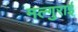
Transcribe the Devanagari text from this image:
मल्गुराई